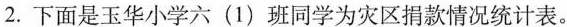
2.下面是玉华小学六(1)班同学为灾区捐款情况统计表。